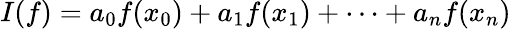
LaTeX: I(f)=a_{0}f(x_{0})+a_{1}f(x_{1})+\dots+a_{n}f(x_{n})